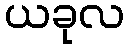
ယခုလ